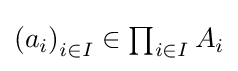
{\textstyle \left(a_{i}\right)_{i\in I}\in \prod _{i\in I}A_{i}}